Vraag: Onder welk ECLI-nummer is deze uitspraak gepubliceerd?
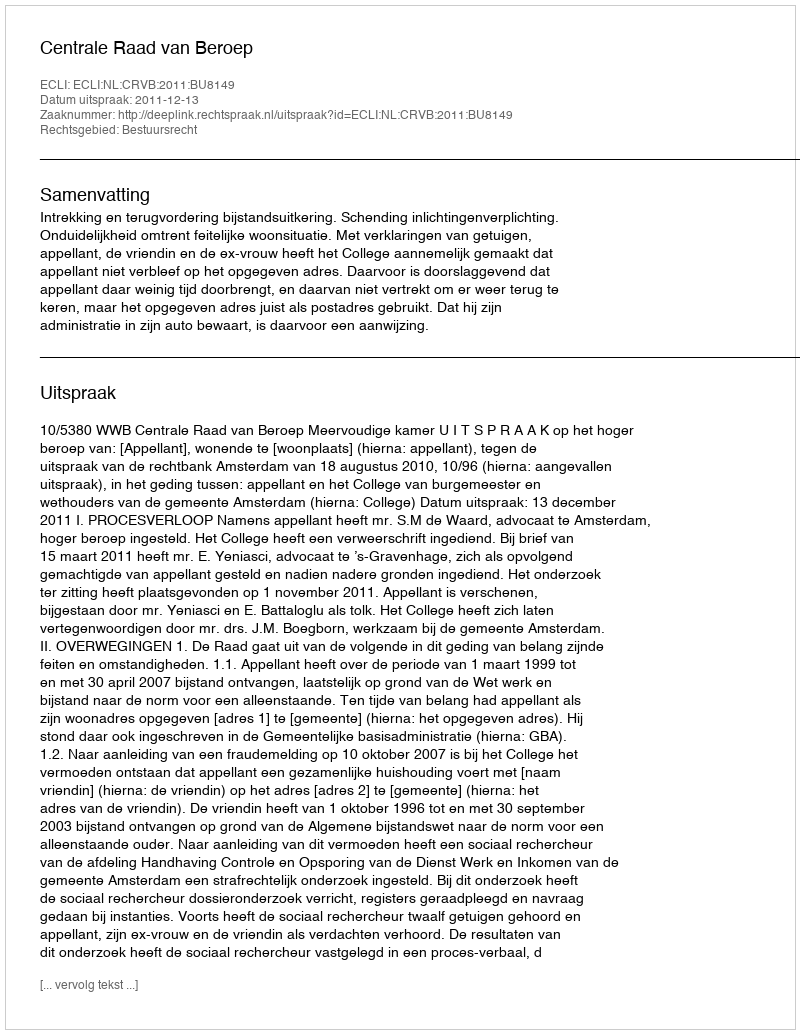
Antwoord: ECLI:NL:CRVB:2011:BU8149